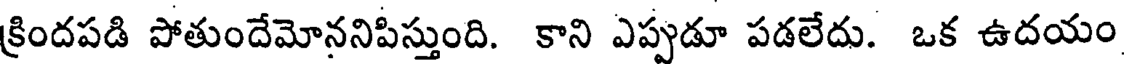
క్రిందపడి పోతుందేమోననిపిస్తుంది. కాని ఎప్పుడూ పడలేదు. ఒక ఉదయం